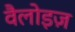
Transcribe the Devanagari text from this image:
वैलोइज़